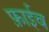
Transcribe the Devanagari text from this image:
फ़ाईव